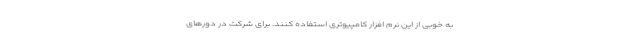
به خوبی از این نرم افزار کامپیوتری استفاده کنند. برای شرکت در دورهای